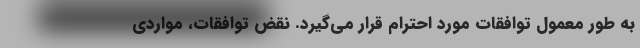
به طور معمول توافقات مورد احترام قرار می‌گیرد. نقض توافقات، مواردی